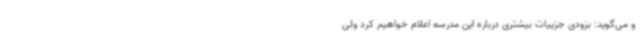
و می‌گوید: بزودی جزییات بیشتری درباره این مدرسه اعلام خواهیم کرد ولی